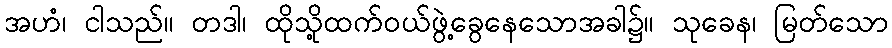
အဟံ၊ ငါသည်။ တဒါ၊ ထိုသို့ထက်ဝယ်ဖွဲ့ခွေနေသောအခါ၌။ သုခေန၊ မြတ်သော